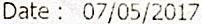
DATE : 07/05/2017